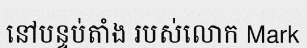
នៅបន្ទប់តាំង របស់លោក Mark